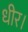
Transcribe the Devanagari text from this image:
धीर।